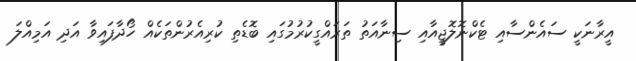
އީރާނަކީ ސައެންސާއި ޓެކްނޮލޮޖީއާއި ސިނާއަތު ތަރައްގީކުރުމުގައި ބޮޑެތި ކުރިއެރުންތަކެއް ހޯދާފައިވާ އަދި އަމިއްލަ